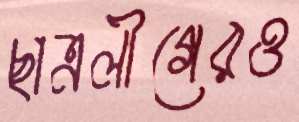
ছাত্রলীগেরও